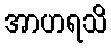
အာဟရသိ